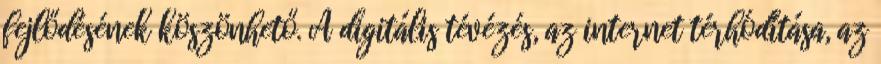
fejlődésének köszönhető. A digitális tévézés, az internet térhódítása, az